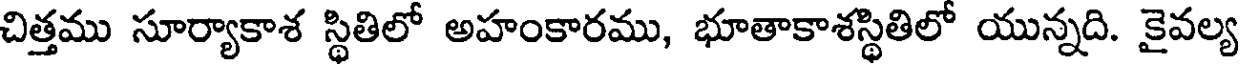
చిత్తము సూర్యాకాశ స్థితిలో అహంకారము, భూతాకాశస్థితిలో యున్నది. కైవల్య